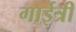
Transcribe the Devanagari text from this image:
गाईत्री